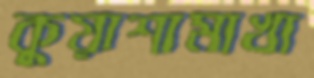
কুয়াশামাখা